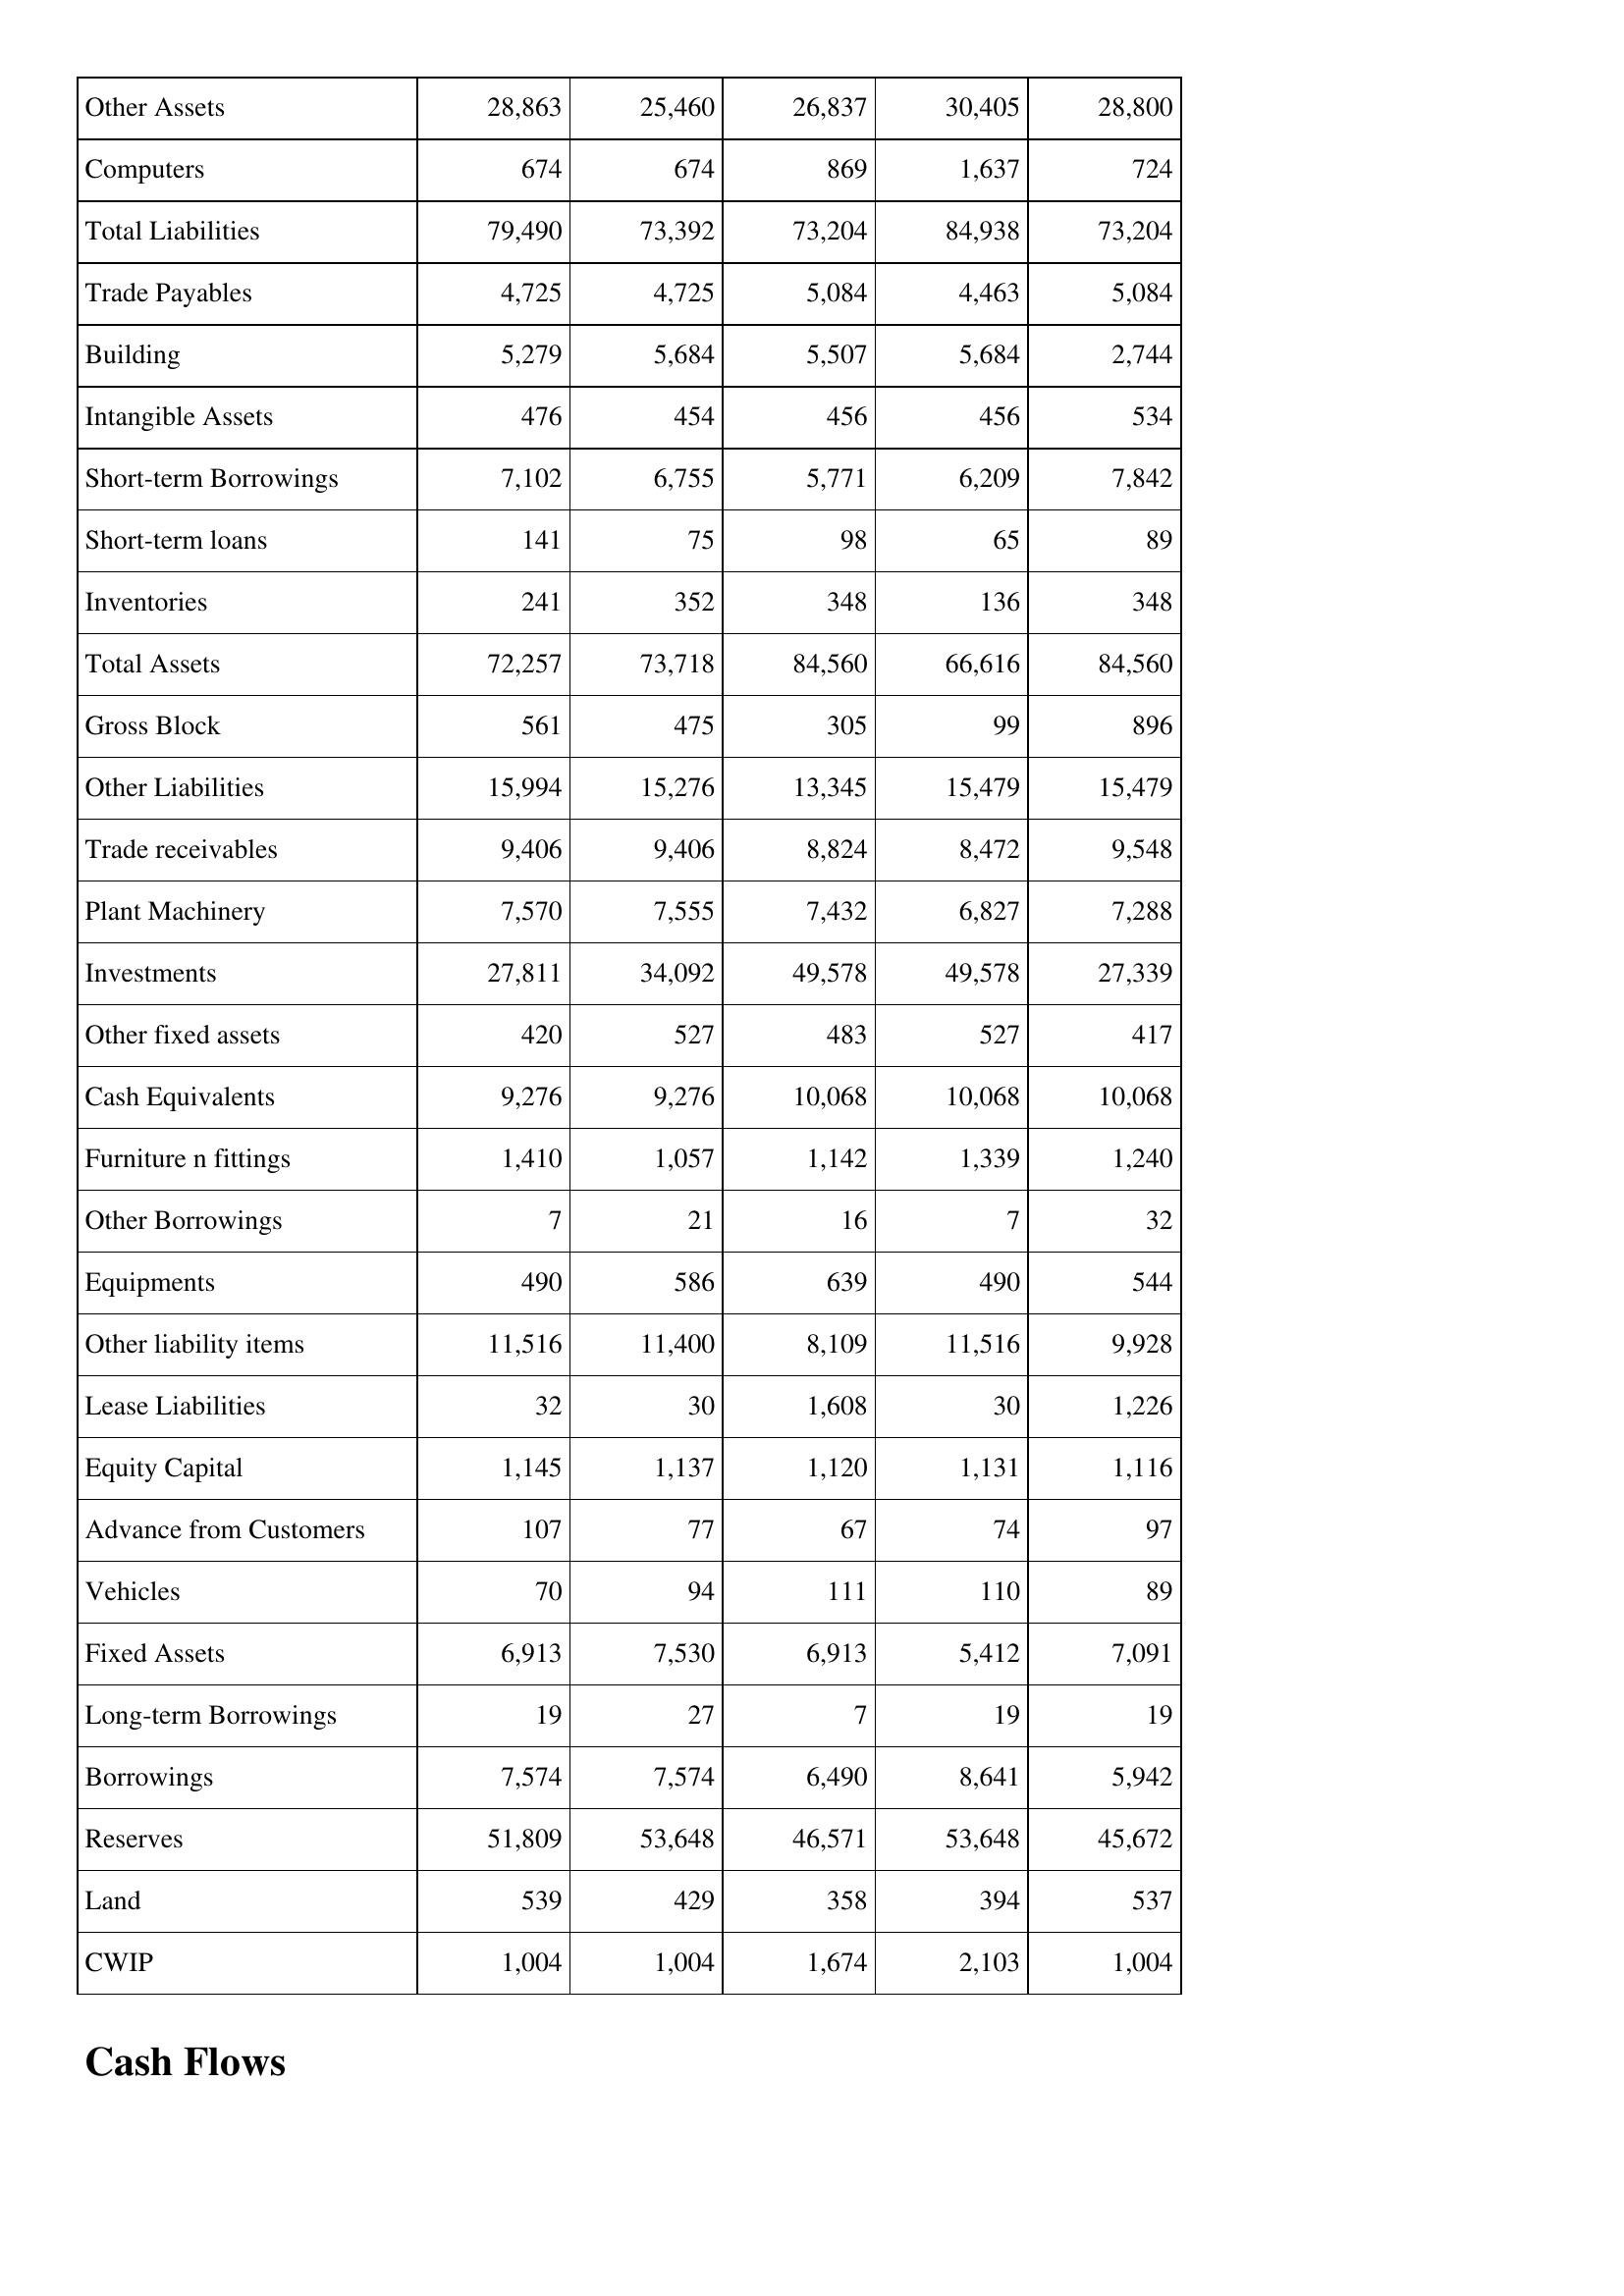
Aug-14: Balance Sheet: Other Assets: 28,863
Computers: 674
Total Liabilities: 79,490
Trade Payables: 4,725
Building: 5,279
Intangible Assets: 476
Short-term Borrowings: 7,102
Short-term loans: 141
Inventories: 241
Total Assets: 72,257
Gross Block: 561
Other Liabilities: 15,994
Trade receivables: 9,406
Plant Machinery: 7,570
Investments: 27,811
Other fixed assets: 420
Cash Equivalents: 9,276
Furniture n fittings: 1,410
Other Borrowings: 7
Equipments: 490
Other liability items: 11,516
Lease Liabilities: 32
Equity Capital: 1,145
Advance from Customers: 107
Vehicles: 70
Fixed Assets: 6,913
Long-term Borrowings: 19
Borrowings: 7,574
Reserves: 51,809
Land: 539
CWIP: 1,004
Aug-15: Balance Sheet: Other Assets: 25,460
Computers: 674
Total Liabilities: 73,392
Trade Payables: 4,725
Building: 5,684
Intangible Assets: 454
Short-term Borrowings: 6,755
Short-term loans: 75
Inventories: 352
Total Assets: 73,718
Gross Block: 475
Other Liabilities: 15,276
Trade receivables: 9,406
Plant Machinery: 7,555
Investments: 34,092
Other fixed assets: 527
Cash Equivalents: 9,276
Furniture n fittings: 1,057
Other Borrowings: 21
Equipments: 586
Other liability items: 11,400
Lease Liabilities: 30
Equity Capital: 1,137
Advance from Customers: 77
Vehicles: 94
Fixed Assets: 7,530
Long-term Borrowings: 27
Borrowings: 7,574
Reserves: 53,648
Land: 429
CWIP: 1,004
Aug-16: Balance Sheet: Other Assets: 26,837
Computers: 869
Total Liabilities: 73,204
Trade Payables: 5,084
Building: 5,507
Intangible Assets: 456
Short-term Borrowings: 5,771
Short-term loans: 98
Inventories: 348
Total Assets: 84,560
Gross Block: 305
Other Liabilities: 13,345
Trade receivables: 8,824
Plant Machinery: 7,432
Investments: 49,578
Other fixed assets: 483
Cash Equivalents: 10,068
Furniture n fittings: 1,142
Other Borrowings: 16
Equipments: 639
Other liability items: 8,109
Lease Liabilities: 1,608
Equity Capital: 1,120
Advance from Customers: 67
Vehicles: 111
Fixed Assets: 6,913
Long-term Borrowings: 7
Borrowings: 6,490
Reserves: 46,571
Land: 358
CWIP: 1,674
Aug-17: Balance Sheet: Other Assets: 30,405
Computers: 1,637
Total Liabilities: 84,938
Trade Payables: 4,463
Building: 5,684
Intangible Assets: 456
Short-term Borrowings: 6,209
Short-term loans: 65
Inventories: 136
Total Assets: 66,616
Gross Block: 99
Other Liabilities: 15,479
Trade receivables: 8,472
Plant Machinery: 6,827
Investments: 49,578
Other fixed assets: 527
Cash Equivalents: 10,068
Furniture n fittings: 1,339
Other Borrowings: 7
Equipments: 490
Other liability items: 11,516
Lease Liabilities: 30
Equity Capital: 1,131
Advance from Customers: 74
Vehicles: 110
Fixed Assets: 5,412
Long-term Borrowings: 19
Borrowings: 8,641
Reserves: 53,648
Land: 394
CWIP: 2,103
Aug-18: Balance Sheet: Other Assets: 28,800
Computers: 724
Total Liabilities: 73,204
Trade Payables: 5,084
Building: 2,744
Intangible Assets: 534
Short-term Borrowings: 7,842
Short-term loans: 89
Inventories: 348
Total Assets: 84,560
Gross Block: 896
Other Liabilities: 15,479
Trade receivables: 9,548
Plant Machinery: 7,288
Investments: 27,339
Other fixed assets: 417
Cash Equivalents: 10,068
Furniture n fittings: 1,240
Other Borrowings: 32
Equipments: 544
Other liability items: 9,928
Lease Liabilities: 1,226
Equity Capital: 1,116
Advance from Customers: 97
Vehicles: 89
Fixed Assets: 7,091
Long-term Borrowings: 19
Borrowings: 5,942
Reserves: 45,672
Land: 537
CWIP: 1,004